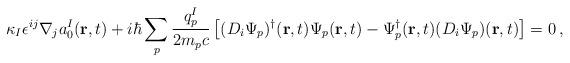
LaTeX: \begin{align*}\kappa_I\epsilon^{ij}\nabla_j a^I_0({\bf r},t)+i\hbar\sum_p\frac{q_p^I}{2m_pc} \left[(D_i\Psi_p)^\dagger({\bf r},t)\Psi_p({\bf r},t) -\Psi_p^\dagger({\bf r},t)(D_i\Psi_p)({\bf r},t)\right]=0\,,\end{align*}